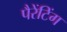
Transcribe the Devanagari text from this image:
पैरेंटिंग